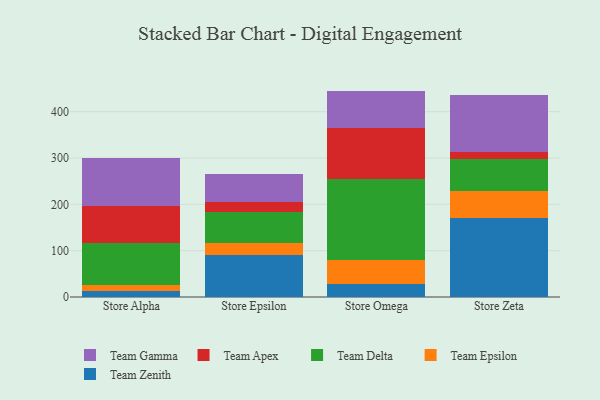
{"axis": {"x": "Store", "y": "Waste Production (Tons)"}, "legend": ["Team Apex", "Team Delta", "Team Epsilon", "Team Gamma", "Team Zenith"], "data": [{"x": "Store Alpha", "y": 13.1, "type": "Team Zenith"}, {"x": "Store Alpha", "y": 12.3, "type": "Team Epsilon"}, {"x": "Store Alpha", "y": 90.8, "type": "Team Delta"}, {"x": "Store Alpha", "y": 81.3, "type": "Team Apex"}, {"x": "Store Alpha", "y": 102.4, "type": "Team Gamma"}, {"x": "Store Epsilon", "y": 90.7, "type": "Team Zenith"}, {"x": "Store Epsilon", "y": 25.2, "type": "Team Epsilon"}, {"x": "Store Epsilon", "y": 67.2, "type": "Team Delta"}, {"x": "Store Epsilon", "y": 21.0, "type": "Team Apex"}, {"x": "Store Epsilon", "y": 61.1, "type": "Team Gamma"}, {"x": "Store Omega", "y": 27.5, "type": "Team Zenith"}, {"x": "Store Omega", "y": 51.5, "type": "Team Epsilon"}, {"x": "Store Omega", "y": 175.4, "type": "Team Delta"}, {"x": "Store Omega", "y": 109.5, "type": "Team Apex"}, {"x": "Store Omega", "y": 81.1, "type": "Team Gamma"}, {"x": "Store Zeta", "y": 171.2, "type": "Team Zenith"}, {"x": "Store Zeta", "y": 57.6, "type": "Team Epsilon"}, {"x": "Store Zeta", "y": 69.6, "type": "Team Delta"}, {"x": "Store Zeta", "y": 14.8, "type": "Team Apex"}, {"x": "Store Zeta", "y": 123.7, "type": "Team Gamma"}]}